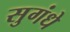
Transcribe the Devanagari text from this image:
सुगंधे